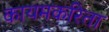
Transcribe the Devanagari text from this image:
कायमकरिता